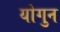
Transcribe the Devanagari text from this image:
योगुन